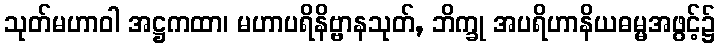
သုတ်မဟာဝါ အဋ္ဌကထာ၊ မဟာပရိနိဗ္ဗာနသုတ်, ဘိက္ခု အပရိဟာနိယဓမ္မအဖွင့်၌